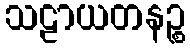
သဠာယတနဉ္စ